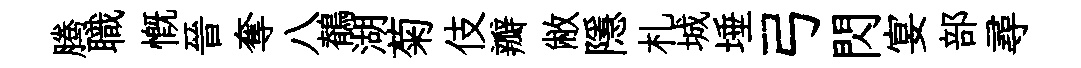
腾職慨晉奪八鶺湖菊伎瓣敝隱札城埵弓閃宴部尋